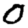
Digit: 0